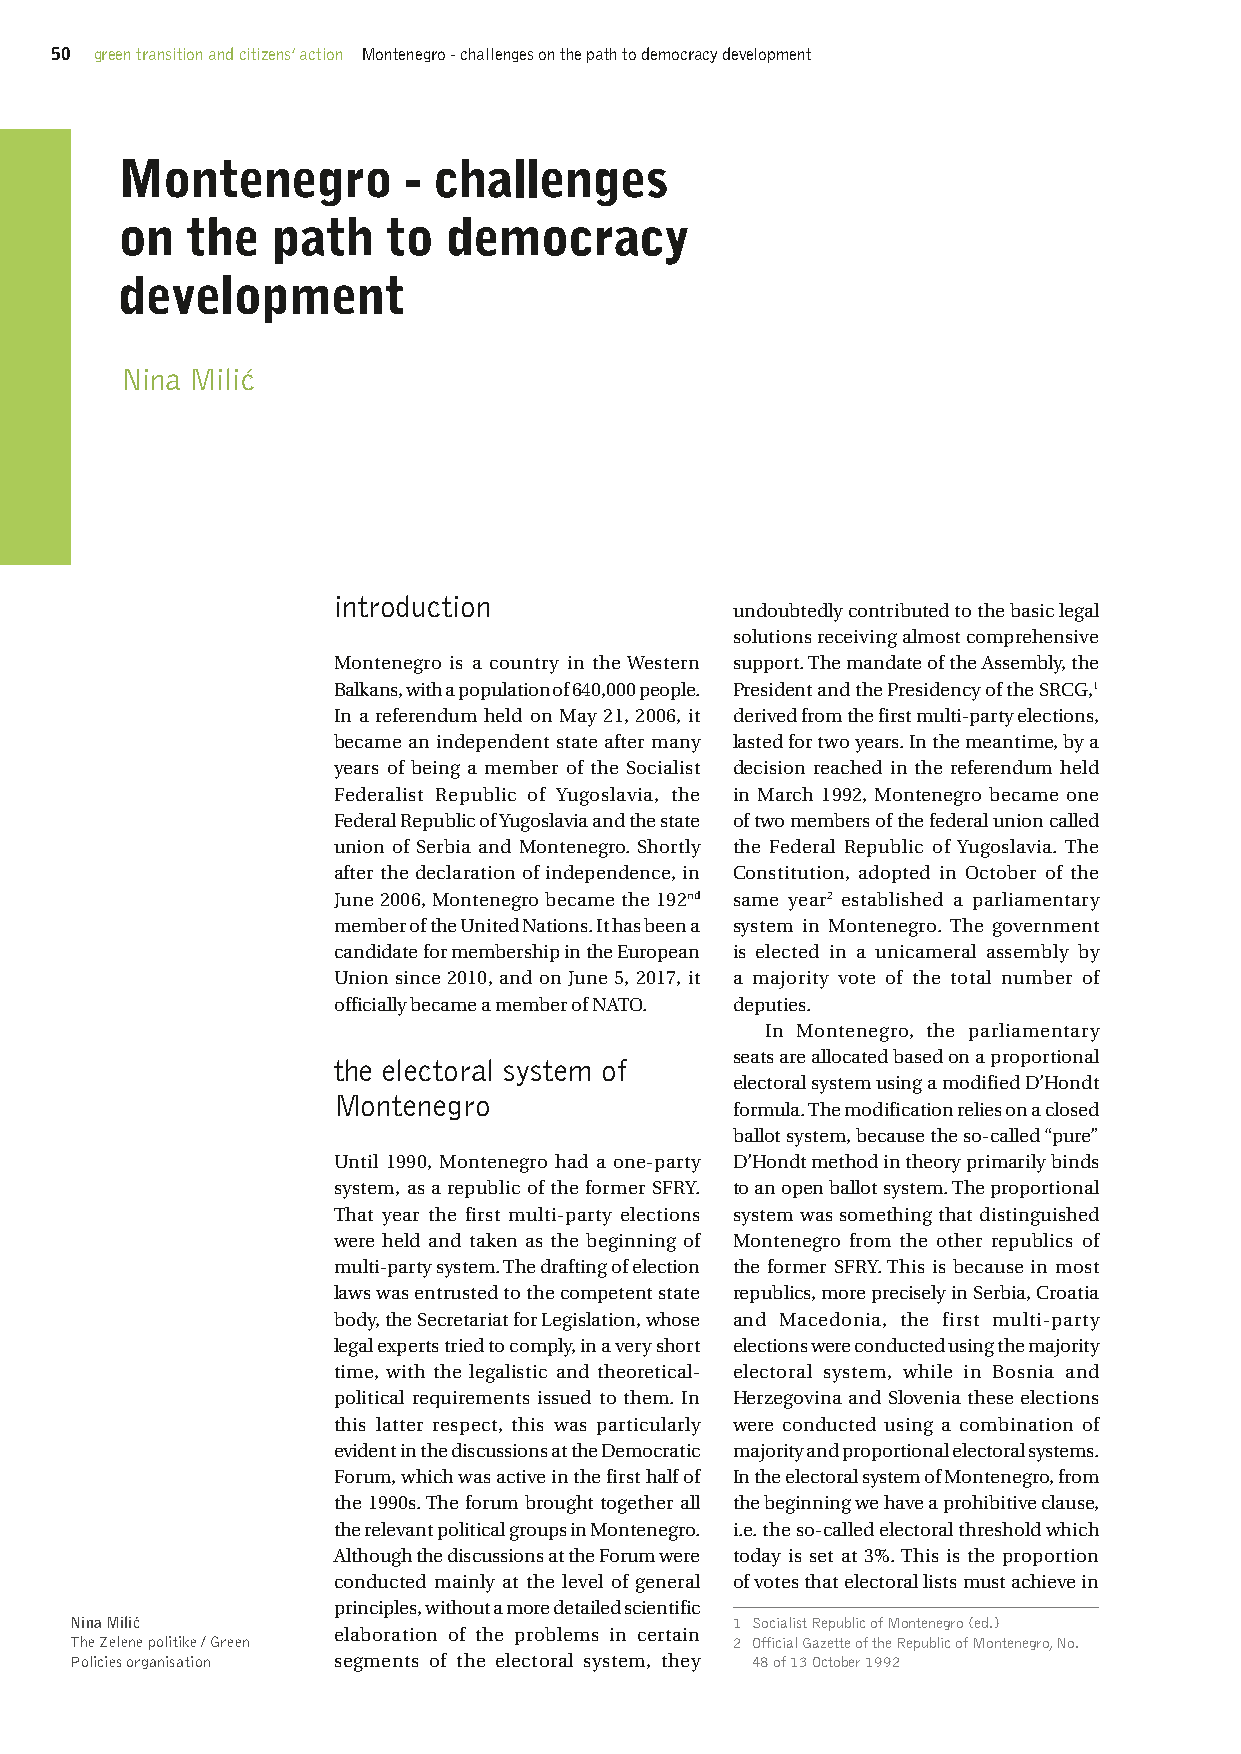
50 green transition and citizens’ action Montenegro - challenges on the path to democracy development
 Montenegro         - challenges
 on  the   path    to  democracy
 development
 Nina Milić
 introduction
 undoubtedly contributed to the basic legal
 solutions receiving almost comprehensive
 Montenegro is a country in the Western support. The mandate of the Assembly, the
 Balkans, with a population of 640,000 people. President and the Presidency of the SRCG,1
 In a referendum held on May 21, 2006, it derived from the first multi-party elections,
 became an independent state after many lasted for two years. In the meantime, by a
 years of being a member of the Socialist decision reached in the referendum held
 Federalist Republic of Yugoslavia, the in March 1992, Montenegro became one
 Federal Republic of Yugoslavia and the state of two members of the federal union called
 union of Serbia and Montenegro. Shortly the Federal Republic of Yugoslavia. The
 after the declaration of independence, in Constitution, adopted in October of the
 June 2006, Montenegro became the 192nd same year2 established a parliamentary
 member of the United Nations. It has been a system in Montenegro. The government
 candidate for membership in the European is elected in a unicameral assembly by
 Union since 2010, and on June 5, 2017, it a majority vote of the total number of
 officially became a member of NATO. deputies.
 In Montenegro, the parliamentary
 seats are allocated based on a proportional
 the electoral system of
 electoral system using a modified D’Hondt
 Montenegro
 formula. The modification relies on a closed
 ballot system, because the so-called “pure”
 Until 1990, Montenegro had a one-party D’Hondt method in theory primarily binds
 system, as a republic of the former SFRY. to an open ballot system. The proportional
 That year the first multi-party elections system was something that distinguished
 were held and taken as the beginning of Montenegro from the other republics of
 multi-party system. The drafting of election the former SFRY. This is because in most
 laws was entrusted to the competent state republics, more precisely in Serbia, Croatia
 body, the Secretariat for Legislation, whose and Macedonia, the first multi-party
 legal experts tried to comply, in a very short elections were conducted using the majority
 time, with the legalistic and theoretical- electoral system, while in Bosnia and
 political requirements issued to them. In Herzegovina and Slovenia these elections
 this latter respect, this was particularly were conducted using a combination of
 evident in the discussions at the Democratic majority and proportional electoral systems.
 Forum, which was active in the first half of In the electoral system of Montenegro, from
 the 1990s. The forum brought together all the beginning we have a prohibitive clause,
 the relevant political groups in Montenegro. i.e. the so-called electoral threshold which
 Although the discussions at the Forum were today is set at 3%. This is the proportion
 conducted mainly at the level of general of votes that electoral lists must achieve in
 principles, without a more detailed scientific
 Nina Milić                                 1 Socialist Republic of Montenegro (ed.)
 elaboration of the problems in certain
 The Zelene politike / Green                2 Official Gazette of the Republic of Montenegro, No.
 Policies organisation segments of the electoral system, they 48 of 13 October 1992